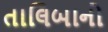
તાલિબાનો